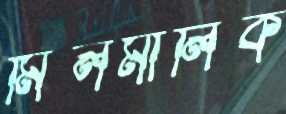
মিলমালিক